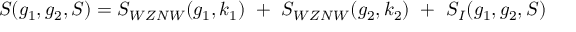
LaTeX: S ( g _ { 1 } , g _ { 2 } , S ) = S _ { W Z N W } ( g _ { 1 } , k _ { 1 } ) ~ + ~ S _ { W Z N W } ( g _ { 2 } , k _ { 2 } ) ~ + ~ S _ { I } ( g _ { 1 } , g _ { 2 } , S )